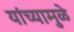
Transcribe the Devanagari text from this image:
यांच्‍यामुळे